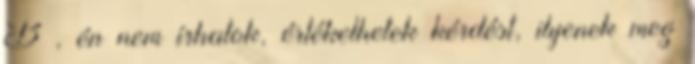
B , én nem írhatok, értékelhetek kérdést, ilyenek meg